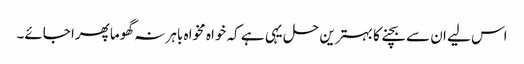
اس لیے ان سے بچنے کا بہترین حل یہی ہے کہ خواہ مخواہ باہر نہ گھوما پھرا جائے۔